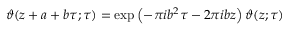
\vartheta ( z + a + b \tau ; \tau ) = \exp \left( - \pi i b ^ { 2 } \tau - 2 \pi i b z \right) \vartheta ( z ; \tau )